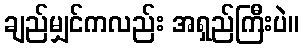
ချည်မျှင်ကလည်း အရှည်ကြီးပဲ။